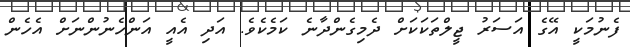
ފެނުމަކީ އޭގެ އަސަރު ޖީލްތަކަކަށް ދެމިގެންދާނެ ކަމެކެވެ. އަދި އެއީ އަންހެނުންނަށް އެހެން